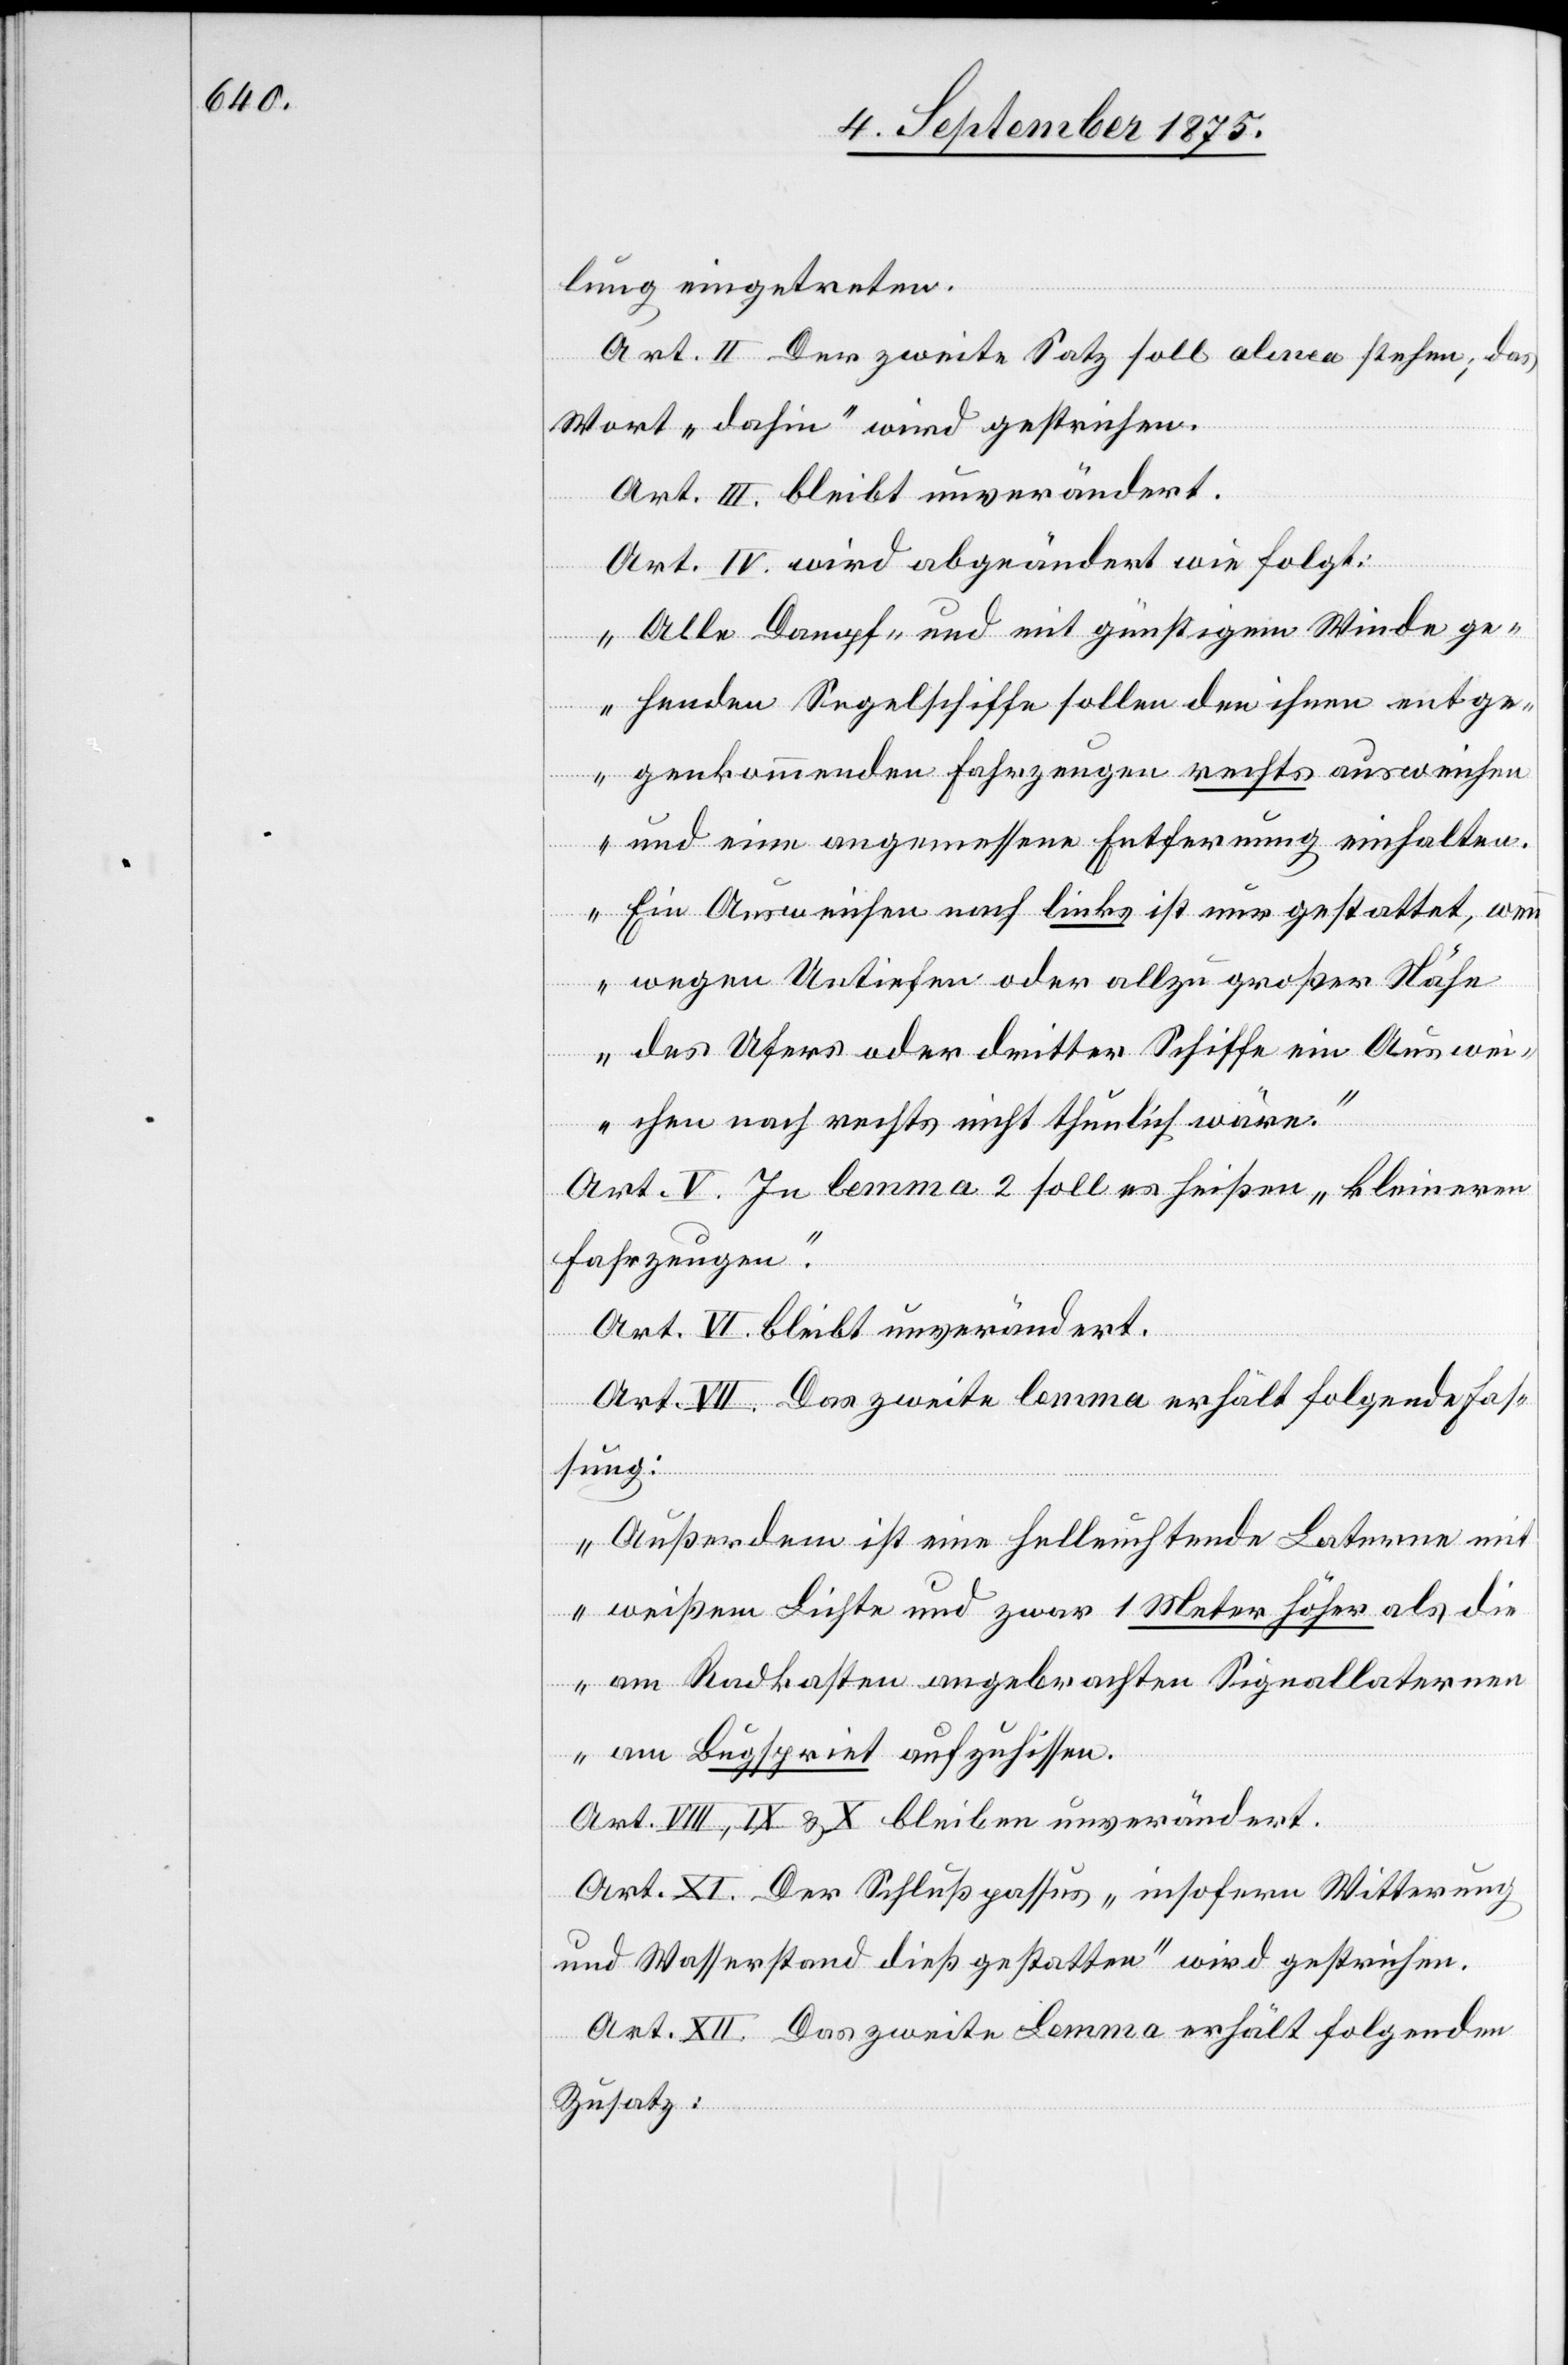
lung eingetreten.
Art. II Der zweite Satz soll alinea stehen; das
Wort „dahin“ wird gestrichen.
Art. IV. wird abgeändert wie folgt:
„Alle Dampf- und mit günstigem Winde ge¬
nn
henden Segelschiffe sollen den ihnen entge¬
genkommenden Fahrzeugen rechts ausweichen
und eine angemessene Entfernung einhalten.
Ein Ausweichen nach links ist nur gestattet, we¬
wegen Untiefen oder allzu großer Nähe
des Ufers oder dritter Schiffe ein Auswei¬
chen nach rechts nicht thunlich wäre.“
Art. V. In lemma 2 soll es heißen „kleineren
Fahrzeugen“.
Art. VI. bleibt unverändert.
Art. VII. Das zweite lemma erhält folgende Fas¬
sung:
„Außerdem ist eine helleuchtende [sic!] Laterne mit
weißem Lichte und zwar 1 Meter höher als die
am Radkasten angebrachten Signallaternen
am Bugspriet aufzuhissen.“
Art. VIII, IX, & X bleiben unverändert.
Art. XI. Der Schlußpassus „insofern Witterung
und Wasserstand dieß gestatten“ wird gestrichen.
Art. XII. Das zweite Lemma erhält folgenden
Zusatz: